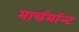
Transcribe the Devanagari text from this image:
मार्चमाॅन्ट